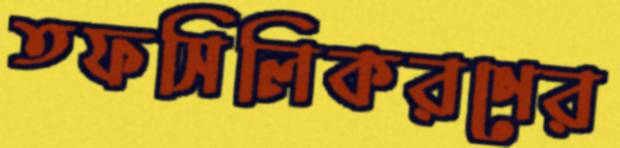
তফসিলিকরণের